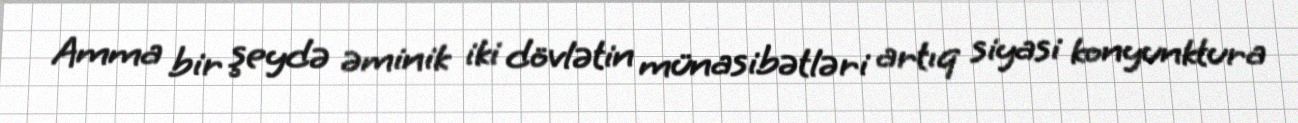
Amma bir şeydə əminik iki dövlətin münasibətləri artıq siyasi konyunktura